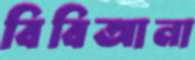
বিবিআনা